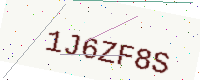
Text: 1J6ZF8S